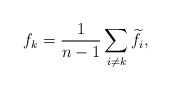
\begin{align*} f_k = \frac{1}{n-1}\sum_{i\ne k} \widetilde{f}_i,\end{align*}